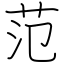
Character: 范